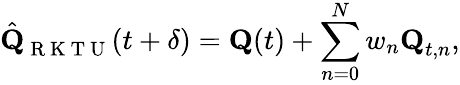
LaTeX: \hat{\textbf{Q}}_{\mathrm{~R~K~T~U~}}(t+\delta)=\textbf{Q}(t)+\sum_{n=0}^{N}w_{n}\textbf{Q}_{t,n},